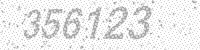
Solution: 356123